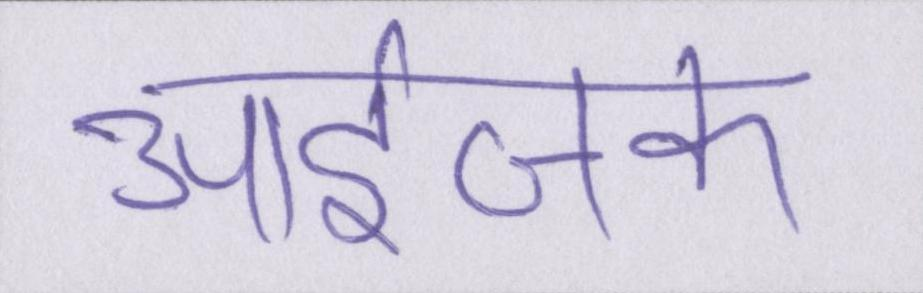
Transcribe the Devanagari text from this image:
आईजक